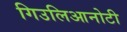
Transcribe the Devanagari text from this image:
गिउलिआनोटी